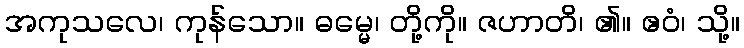
အကုသလေ၊ ကုန်သော။ ဓမ္မေ၊ တို့ကို။ ဇဟာတိ၊ ၏။ ဧဝံ၊ သို့။